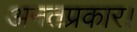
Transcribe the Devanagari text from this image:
अनतप्रकार।